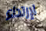
لإرتداء